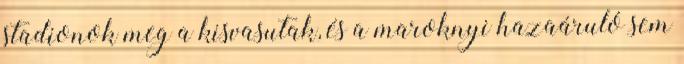
stadionok meg a kisvasutak, és a maroknyi hazaáruló sem